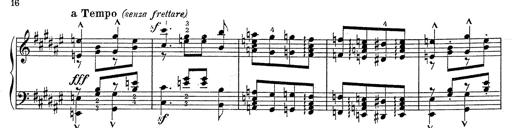
Title: Hungarian Rhapsody No.2
Composer: Franz Liszt
Key: C-sharp minor